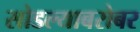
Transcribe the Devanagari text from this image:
सोडल्याबरोबर